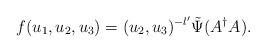
LaTeX: \begin{align*}f(u_1, u_2, u_3)=(u_2, u_3)^{-l'}\tilde\Psi(A^\dag A).\end{align*}